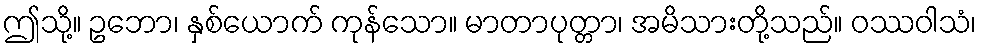
ဤသို့။ ဥဘော၊ နှစ်ယောက် ကုန်သော။ မာတာပုတ္တာ၊ အမိသားတို့သည်။ ဝဿဝါသံ၊